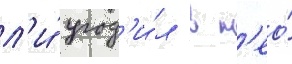
л'и́ угод'и́л в н'ео́